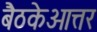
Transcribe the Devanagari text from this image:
बैठकेओत्तर